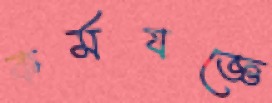
কর্মযজ্ঞে